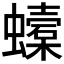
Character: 𧓜